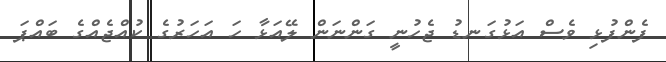
ފެންފުޅި ވެސް އަޅުގަނޑު ޖެހުނީ ގަންނަން ލޭއަޅާ ހަ އަހަރުގެ ކުއްޖެއްގެ ބައްޕަ